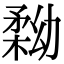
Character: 𠢢